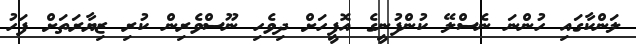
ލަންކާގައި ހުންނަ ނެސްލޭ ކުންފުނީގެ އޮފީހަށް ދިވެހި ނޫސްވެރިން ކުރި ޒިޔާރަތަށް ފަހު